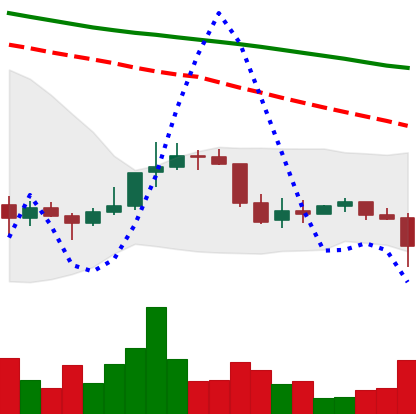
Ticker: DOGE-USD
Chart end date: 2022-01-05
Forward return: -10.075%
Label: down_7plus